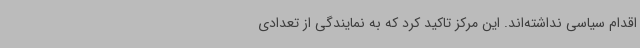
اقدام سیاسی نداشته‌اند. این مرکز تاکید کرد که به نمایندگی از تعدادی